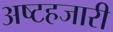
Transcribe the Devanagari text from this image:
अष्टहजारी